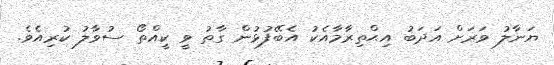
ޔަނާލު ވަރަށް އަދަބު އިޙްތިރާމާއެކު އެބޭފުޅުން ގާތު ވީ ކީއްތޯ ސުވާލު ކުރިއެވެ.